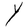
Character: Y